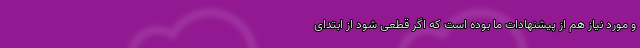
و مورد نیاز هم از پیشنهادات ما بوده است که اگر قطعی شود از ابتدای